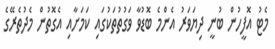
މެޓު އޮފީހުން ބުނީ ދިޔަވަރު އެންމެ ބޮޑުވާ ވަގުތުތަކުގައި ކަމަށާއި އެގޮތުން މެދުތެރޭގެ